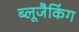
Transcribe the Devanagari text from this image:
ब्लूजैकिंग